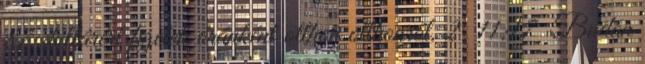
87 dollárért fizetek óránként otthon otthonról, 2. 11:17 „Budán